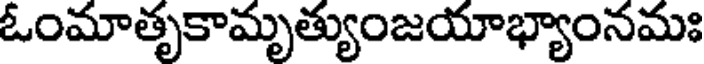
ఓంమాతృకామృత్యుంజయాభ్యాంనమః